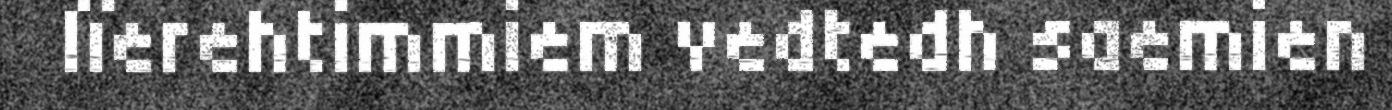
lïerehtimmiem vedtedh saemien